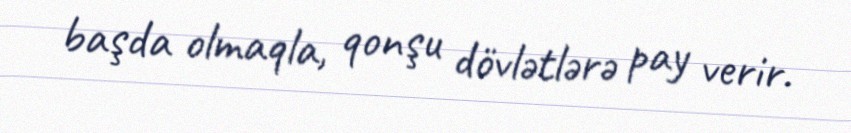
başda olmaqla, qonşu dövlətlərə pay verir.